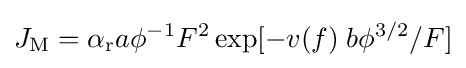
J_{\mathrm {M} }=\alpha _{\mathrm {r} }a{\phi ^{-1}}F^{2}\exp[-v(f)\;b\phi ^{3/2}/F]